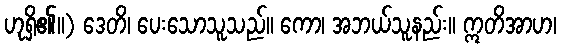
ဟုရှိ၏။) ဒေတိ၊ ပေးသောသူသည်။ ကော၊ အဘယ်သူနည်း။ ဣတိအာဟ၊